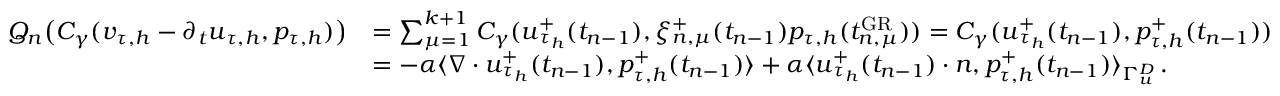
\begin{array} { r l } { Q _ { n } \big ( C _ { \gamma } ( \boldsymbol v _ { \tau , h } - \partial _ { t } \boldsymbol u _ { \tau , h } , p _ { \tau , h } ) \big ) } & { = \sum _ { \mu = 1 } ^ { k + 1 } C _ { \gamma } ( \boldsymbol u _ { \tau _ { h } } ^ { + } ( t _ { n - 1 } ) , \xi _ { n , \mu } ^ { + } ( t _ { n - 1 } ) p _ { \tau , h } ( t _ { n , \mu } ^ { \mathrm { G R } } ) ) = C _ { \gamma } ( \boldsymbol u _ { \tau _ { h } } ^ { + } ( t _ { n - 1 } ) , p _ { \tau , h } ^ { + } ( t _ { n - 1 } ) ) } \\ & { = - \alpha \langle \nabla \cdot \boldsymbol u _ { \tau _ { h } } ^ { + } ( t _ { n - 1 } ) , p _ { \tau , h } ^ { + } ( t _ { n - 1 } ) \rangle + \alpha \langle \boldsymbol u _ { \tau _ { h } } ^ { + } ( t _ { n - 1 } ) \cdot \boldsymbol n , p _ { \tau , h } ^ { + } ( t _ { n - 1 } ) \rangle _ { \Gamma _ { \boldsymbol u } ^ { D } } \, . } \end{array}